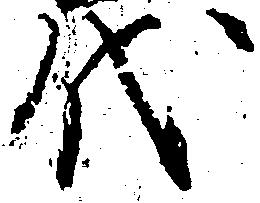
代